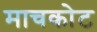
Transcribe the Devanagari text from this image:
माचकोट